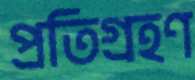
প্রতিগ্রহণ